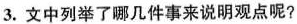
3.文中列举了哪几件事来说明观点呢?